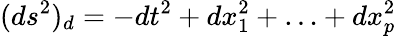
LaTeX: (ds^{2})_{d}=-dt^{2}+dx_{1}^{2}+\ldots+dx_{p}^{2}